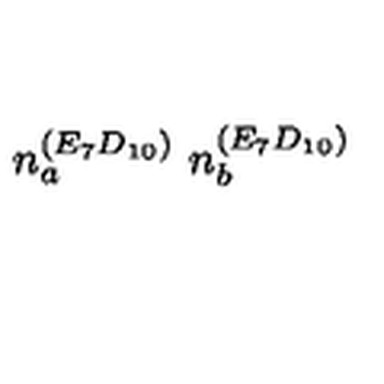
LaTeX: n _ { a } ^ { ( E _ { 7 } D _ { 1 0 } ) } \ n _ { b } ^ { ( E _ { 7 } D _ { 1 0 } ) }